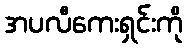
အပလီကေးရှင်းကို